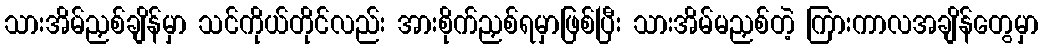
သားအိမ်ညှစ်ချိန်မှာ သင်ကိုယ်တိုင်လည်း အားစိုက်ညှစ်ရမှာဖြစ်ပြီး သားအိမ်မညှစ်တဲ့ ကြားကာလအချိန်တွေမှာ